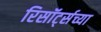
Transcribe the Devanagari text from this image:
रिसॉर्ट्सच्या